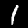
Digit: 1